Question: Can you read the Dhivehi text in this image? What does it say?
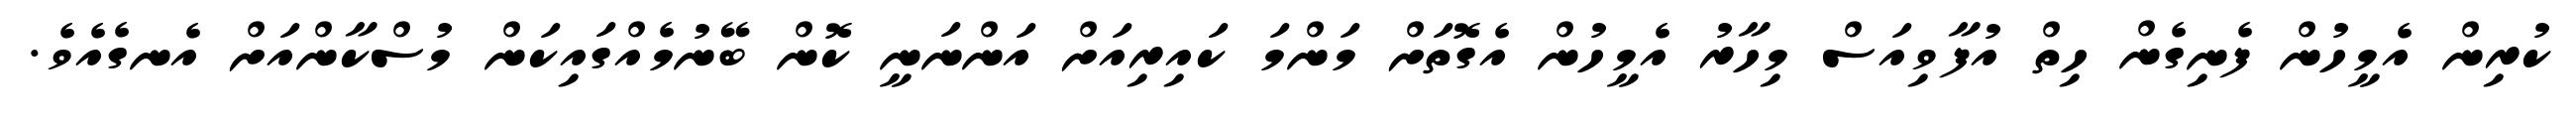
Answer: ކުރިން އެމީހުން ފެނިގެން ހިތް އުފާވިއަސް މިހާރު އެމީހުން އެގޮތަށް މަންމަ ކައިރިއަށް އަންނަނީ ކޮން ބޭނުމެއްގައިކަން މުސްކާންއަށް އެނގެއެވެ.